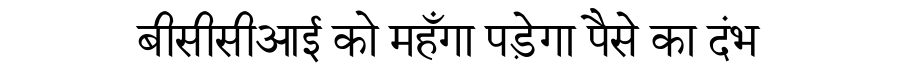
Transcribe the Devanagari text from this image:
बीसीसीआई को महँगा पड़ेगा पैसे का दंभ